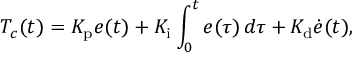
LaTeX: T _ { c } ( t ) = K _ { \mathrm { p } } e ( t ) + K _ { \mathrm { i } } \int _ { 0 } ^ { t } e ( \tau ) \, d \tau + K _ { \mathrm { d } } { \dot { e } } ( t ) ,